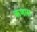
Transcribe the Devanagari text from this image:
ऋणास